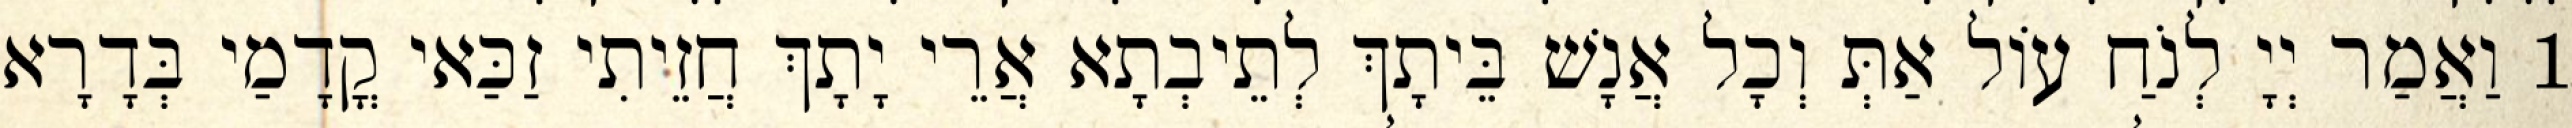
1 וַאֲמַר יְיָ לְנֹחַ עוֹל אַתְּ וְכָל אֲנָשׁ בֵּיתָךְ לְתֵיבְתָא אֲרֵי יָתָךְ חֲזֵיתִי זַכַּאי קֳדָמַי בְּדָרָא